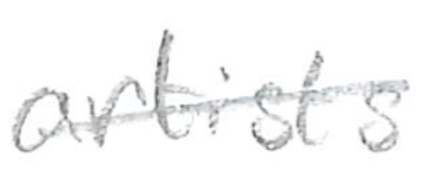
Text: artist's
Cross-out: mix
Writing tool: pencil